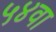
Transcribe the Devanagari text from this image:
५४वा